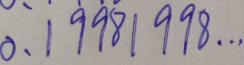
0 . 1 9 9 8 1 9 9 8 \cdots